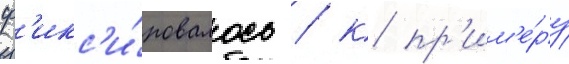
ф'икс'и́ровалось / к пр'им'е́ру